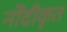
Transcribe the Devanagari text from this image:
नोंदीकृत